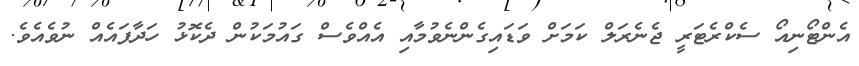
އެންޓޯނިއޯ ސެކްރެޓަރީ ޖެނެރަލް ކަމަށް ވަޑައިގެންނެވުމާއި އެއްވެސް ގައުމަކުން ދެކޮޅު ހަދާފައެއް ނުވެއެވެ.